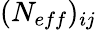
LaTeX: (N_{eff})_{ij}